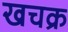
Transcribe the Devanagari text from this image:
खचक्र